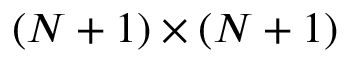
( N + 1 ) \times ( N + 1 )